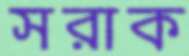
সরাক